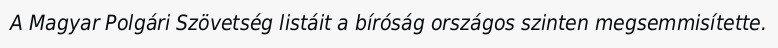
A Magyar Polgári Szövetség listáit a bíróság országos szinten megsemmisítette.